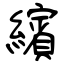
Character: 繽